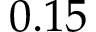
0 . 1 5